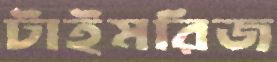
টাইমরিজ